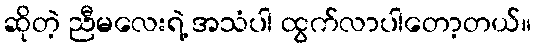
ဆိုတဲ့ ညီမလေးရဲ့ အသံပါ ထွက်လာပါတော့တယ်။